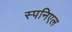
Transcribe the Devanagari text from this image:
स्पनिएल